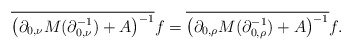
\begin{align*}\overline{\left(\partial_{0,\nu}M(\partial_{0,\nu}^{-1})+A\right)^{-1}}f=\overline{\left(\partial_{0,\rho}M(\partial_{0,\rho}^{-1})+A\right)^{-1}}f.\end{align*}